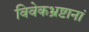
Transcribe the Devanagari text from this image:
विवेकभ्रष्टानां